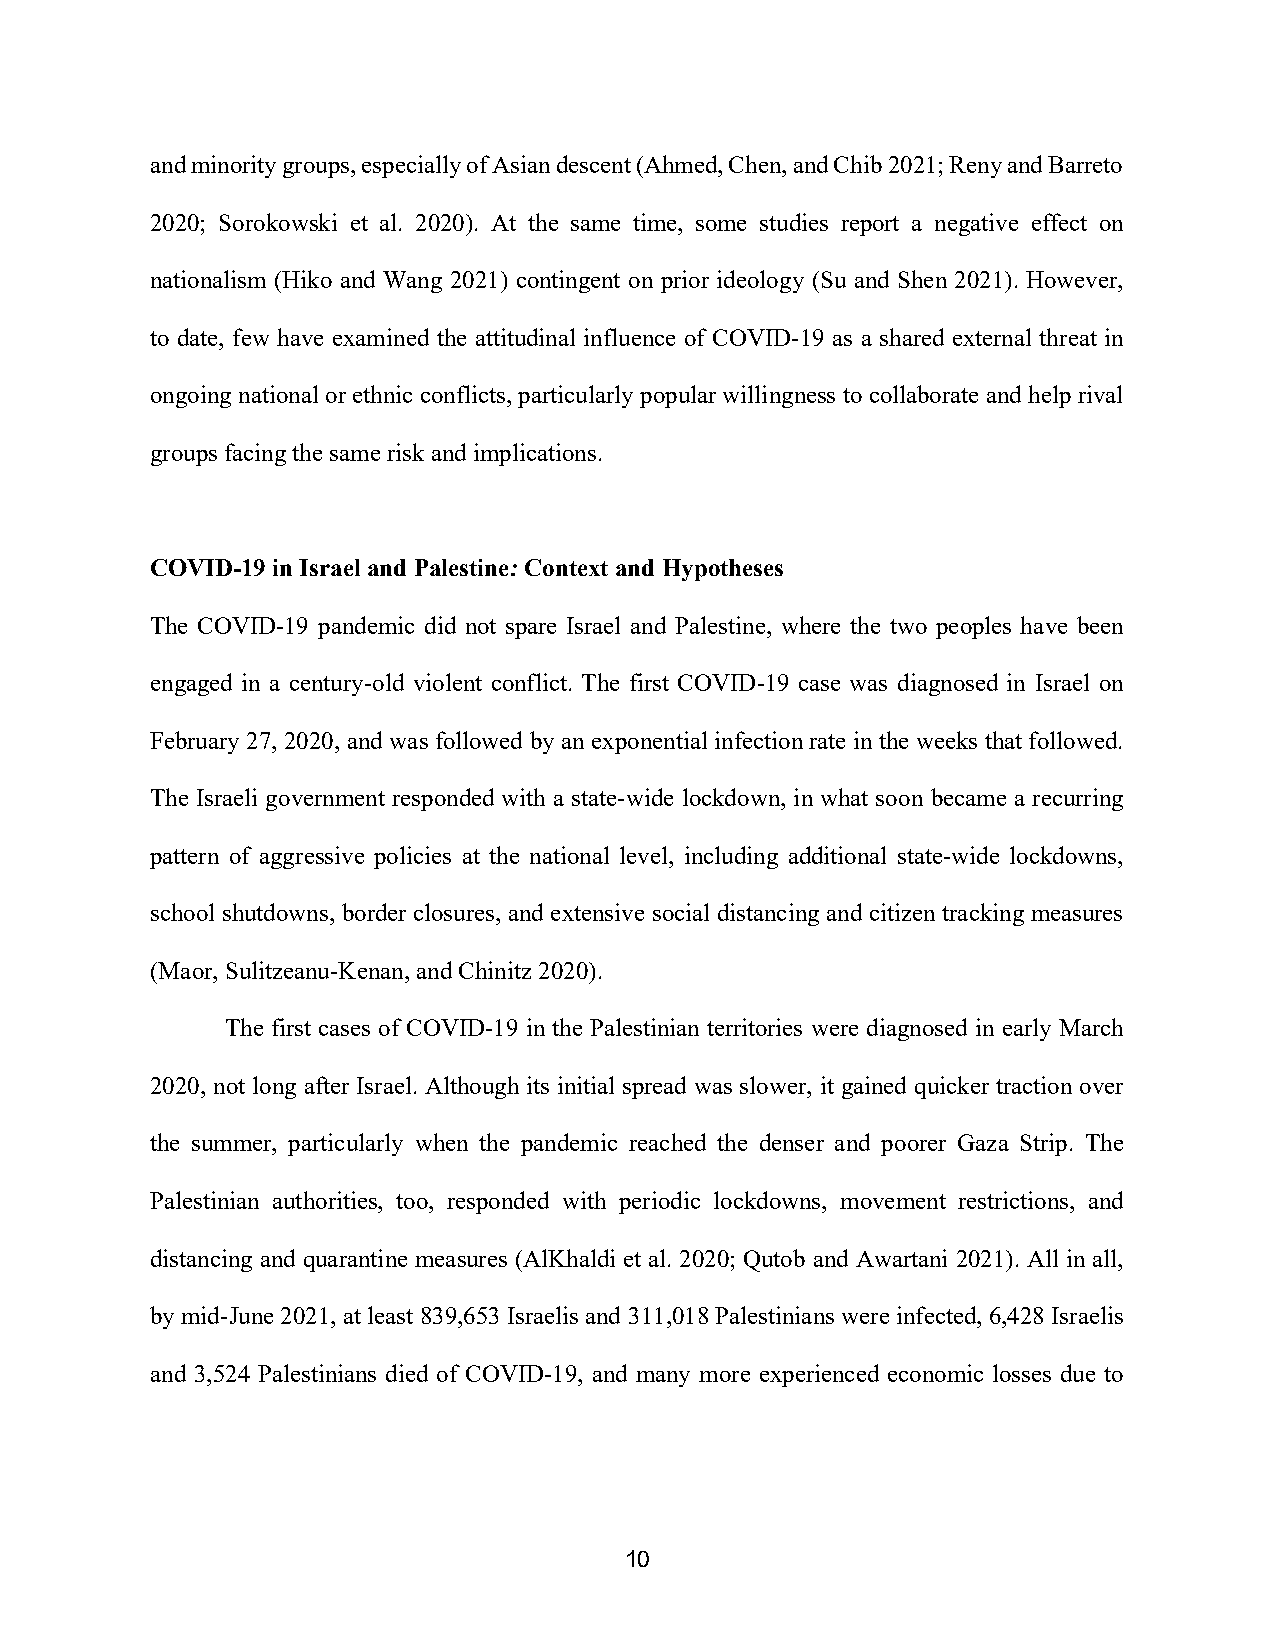
and minority groups, especially of Asian descent (Ahmed, Chen, and Chib 2021; Reny and Barreto
 2020; Sorokowski et al. 2020). At the same time, some studies report a negative effect on
 nationalism (Hiko and Wang 2021) contingent on prior ideology (Su and Shen 2021). However,
 to date, few have examined the attitudinal influence of COVID-19 as a shared external threat in
 ongoing national or ethnic conflicts, particularly popular willingness to collaborate and help rival
 groups facing the same risk and implications.
 COVID-19 in Israel and Palestine: Context and Hypotheses
 The COVID-19 pandemic did not spare Israel and Palestine, where the two peoples have been
 engaged in a century-old violent conflict. The first COVID-19 case was diagnosed in Israel on
 February 27, 2020, and was followed by an exponential infection rate in the weeks that followed.
 The Israeli government responded with a state-wide lockdown, in what soon became a recurring
 pattern of aggressive policies at the national level, including additional state-wide lockdowns,
 school shutdowns, border closures, and extensive social distancing and citizen tracking measures
 (Maor, Sulitzeanu-Kenan, and Chinitz 2020).
 The first cases of COVID-19 in the Palestinian territories were diagnosed in early March
 2020, not long after Israel. Although its initial spread was slower, it gained quicker traction over
 the summer, particularly when the pandemic reached the denser and poorer Gaza Strip. The
 Palestinian authorities, too, responded with periodic lockdowns, movement restrictions, and
 distancing and quarantine measures (AlKhaldi et al. 2020; Qutob and Awartani 2021). All in all,
 by mid-June 2021, at least 839,653 Israelis and 311,018 Palestinians were infected, 6,428 Israelis
 and 3,524 Palestinians died of COVID-19, and many more experienced economic losses due to
 10